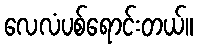
လေလံပစ်ရောင်းတယ်။